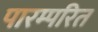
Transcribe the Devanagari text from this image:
पारम्परित